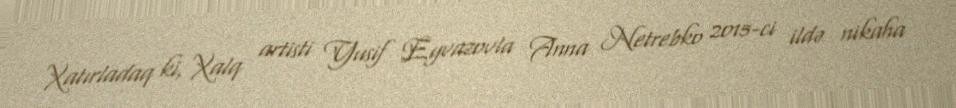
Xatırladaq ki, Xalq artisti Yusif Eyvazovla Anna Netrebko 2015-ci ildə nikaha